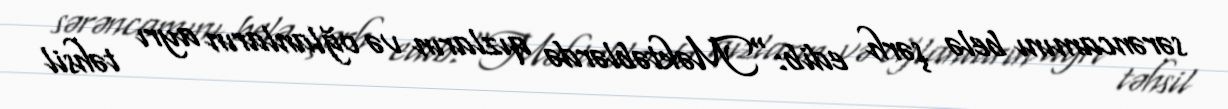
sərəncamını belə şərh edib:“Məktəblərdə qızların və oğlanların ayrı təhsil